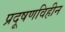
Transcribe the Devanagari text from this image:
प्रदूषणविहीन